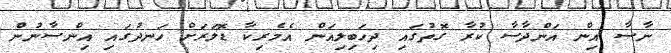
ނާސާ އިން އަންދާސާ ކުރާ ގޮތުގައި ދިހަބިލިއަން އެމެރިކާ ޑޮލަރަށް ހަނދުގައި އިންސާނުން